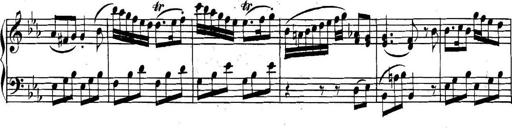
Title: Collected Piano Sonatas
Composer: Muzio Clementi